Lunatic asylums Central Provinces reports 1910-1926 - 1910-1926
Year: 1910
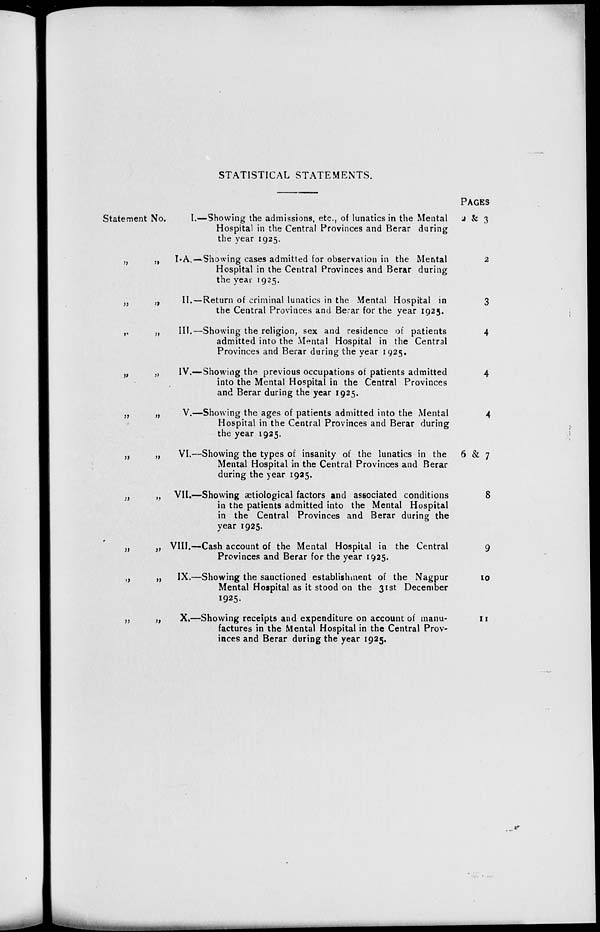
STATISTICAL STATEMENTS.
Statement No.
„ „
„ „
„ „
„ „
„ „
„ „
„ „
„ „
„ „
„ „
I.—Showing the admissions, etc., of lunatics in the Mental
Hospital in the Central Provinces and Berar during
the year 1925.
I-A.—Showing cases admitted for observation in the Mental
Hospital in the Central Provinces and Berar during
the year 1925.
II.—Return of criminal lunatics in the Mental Hospital in
the Central Provinces and Berar for the year 1925.
III.—Showing the religion, sex and residence of patients
admitted into the Mental Hospital in the Central
Provinces and Berar during the year 1925.
IV.—Showing the previous occupations of patients admitted
into the Mental Hospital in the Central Provinces
and Berar during the year 1925.
V.—Showing the ages of patients admitted into the Mental
Hospital in the Central Provinces and Berar during
the year 1925.
VI.—Showing the types of insanity of the lunatics in the
Mental Hospital in the Central Provinces and Berar
during the year 1925.
VII.—Showing ætiological factors and associated conditions
in the patients admitted into the Mental Hospital
in the Central Provinces and Berar during the
year 1925.
VIII.—Cash account of the Mental Hospital in the Central
Provinces and Berar for the year 1925.
IX.—Showing the sanctioned establishment of the Nagpur
Mental Hospital as it stood on the 31st December
1925.
X.—Showing receipts and expenditure on account of manu-
factures in the Mental Hospital in the Central Prov-
inces and Berar during the year 1925.
PAGES
2 & 3
2
3
4
4
4
6 & 7
8
9
10
11